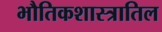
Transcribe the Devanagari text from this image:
भौतिकशास्त्रातिल